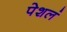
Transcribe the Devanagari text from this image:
पेशलं